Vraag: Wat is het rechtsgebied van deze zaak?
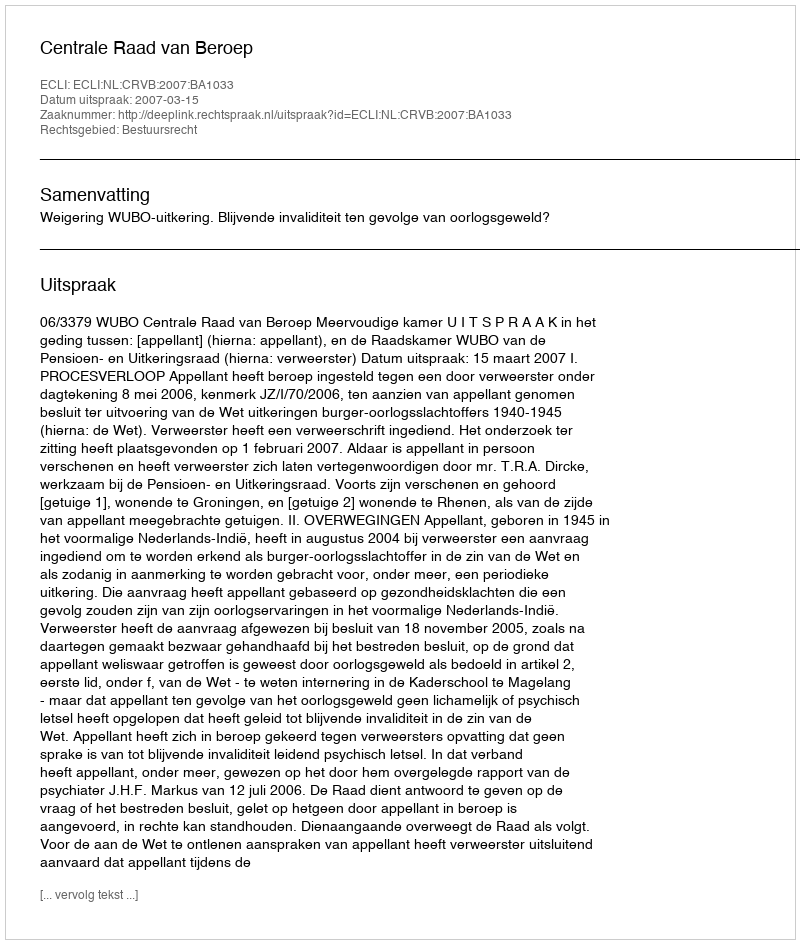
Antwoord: Bestuursrecht